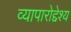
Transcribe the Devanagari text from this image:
व्यापारोद्देश्य